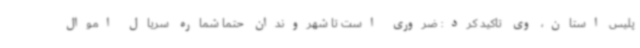
پلیس استان، وی تاکید کرد: ضروری است تا شهروندان حتما شماره سریال اموال